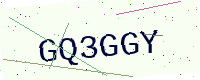
Text: GQ3GGY